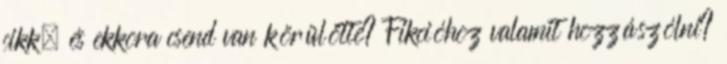
cikk, és ekkora csend van körülötte? Fikcióhoz valamit hozzászólni?